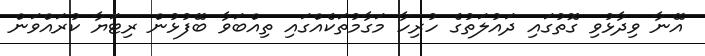
އޭނާ ވިދާޅުވި ގޮތުގައި ދައުލަތުގެ ހުރިހާ މަގާމުތަކެއްގައި ތިއްބަވާ ބޭފުޅުން ރިޓަޔާ ކުރައްވަން